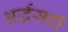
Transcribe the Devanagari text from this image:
अर्द्धसदी